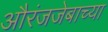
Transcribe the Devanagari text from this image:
औरंजजेबाच्या